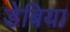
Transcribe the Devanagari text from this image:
डेबिया